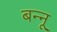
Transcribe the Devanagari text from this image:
बन्‍नू